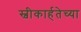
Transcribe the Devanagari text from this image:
स्वीकार्हतेच्या